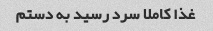
غذا کاملا سرد رسید به دستم